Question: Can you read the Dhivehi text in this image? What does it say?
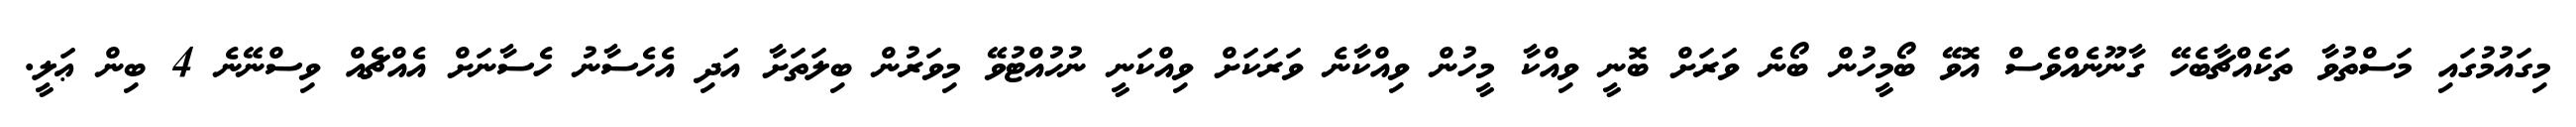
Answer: މިގައުމުގައި މަސްތުވާ ތަކެއްޗާބެހޭ ގާނޫނެއްވެސް އޮވޭ ބޯމީހުން ބޯނެ ވަރަށް ބޮނީ ވިއްކާ މީހުން ވިއްކާނެ ވަރަކަށް ވިއްކަނީ ނުހުއްޓުވޭ މިވަރުން ބިލަތަށާ އަދި އެހެސާނު ހެސާނަށް އެއްޗެއް ވިސްނޭނެ 4 ބިން ޢަލީ.